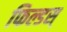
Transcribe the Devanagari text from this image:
फिल्डस्